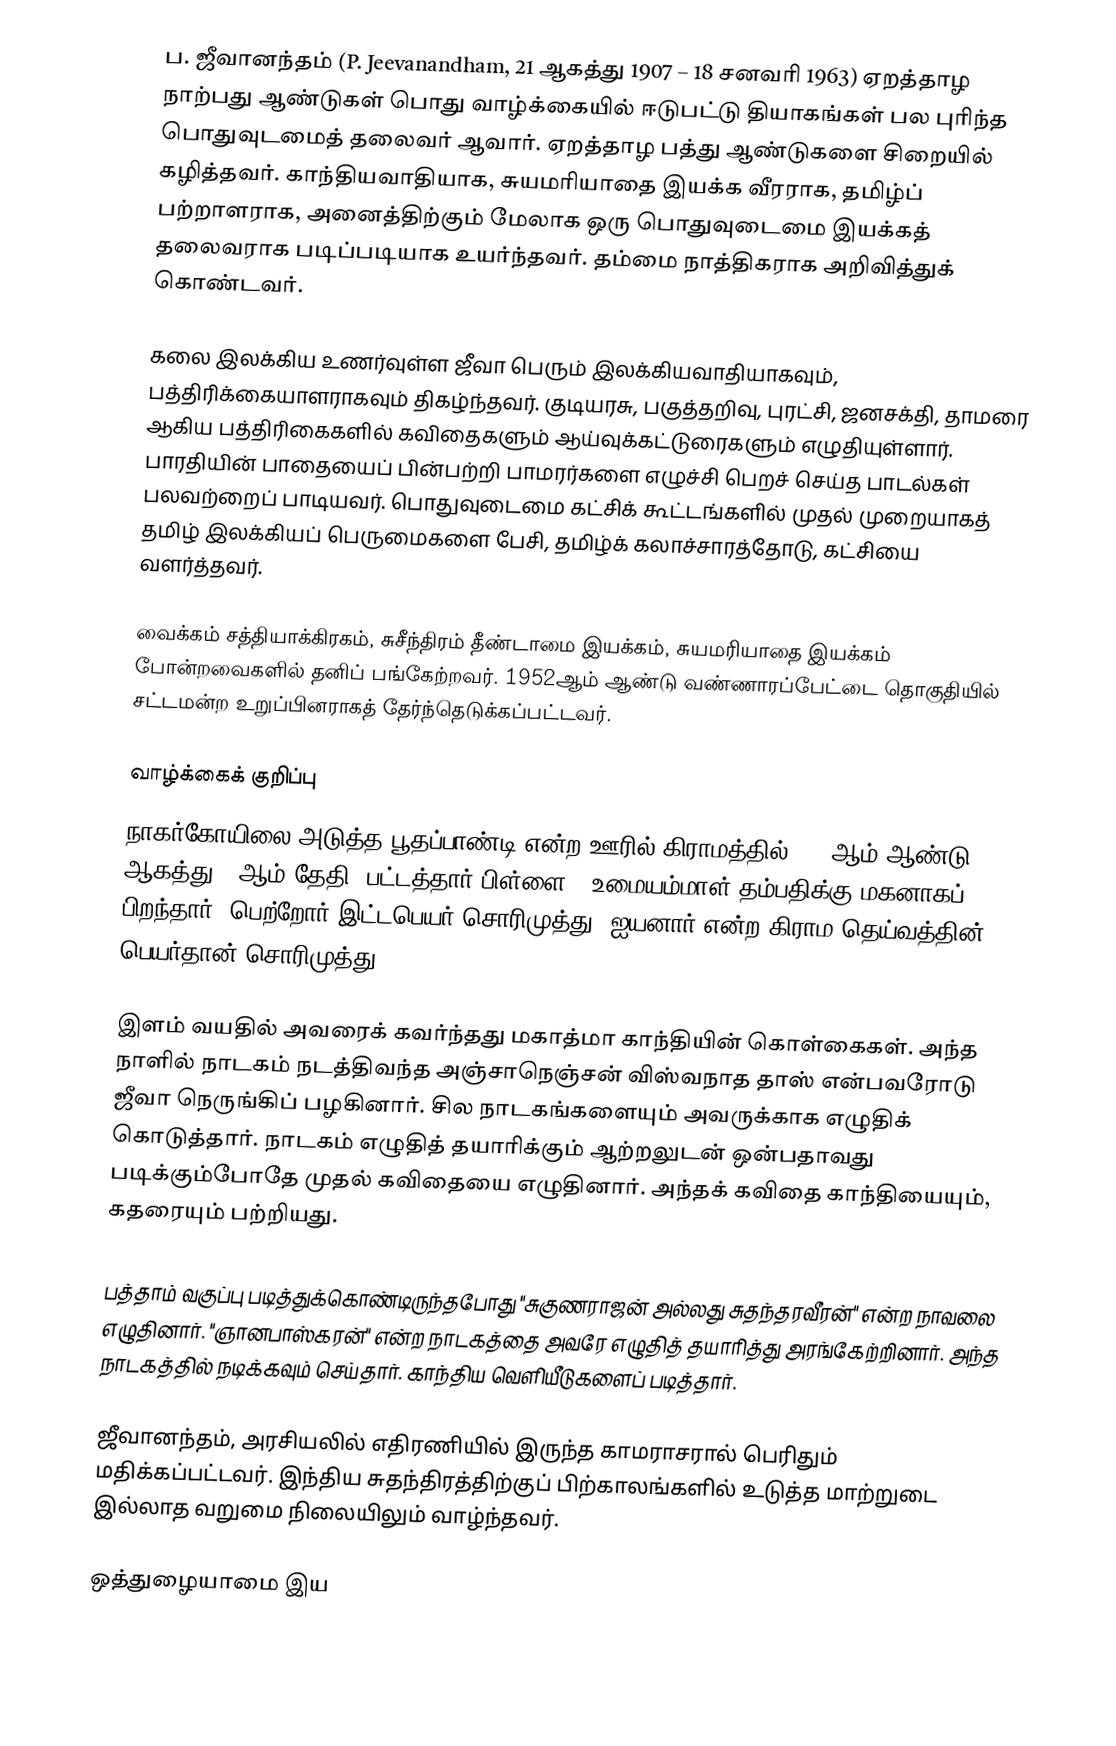
ப. ஜீவானந்தம் (P. Jeevanandham, 21 ஆகத்து  1907 –  18 சனவரி 1963) ஏறத்தாழ நாற்பது ஆண்டுகள் பொது வாழ்க்கையில் ஈடுபட்டு தியாகங்கள் பல புரிந்த பொதுவுடமைத் தலைவர் ஆவார். ஏறத்தாழ பத்து ஆண்டுகளை சிறையில் கழித்தவர். காந்தியவாதியாக, சுயமரியாதை இயக்க வீரராக, தமிழ்ப் பற்றாளராக, அனைத்திற்கும் மேலாக ஒரு பொதுவுடைமை இயக்கத் தலைவராக படிப்படியாக உயர்ந்தவர். தம்மை நாத்திகராக அறிவித்துக் கொண்டவர்.

கலை  இலக்கிய உணர்வுள்ள ஜீவா பெரும் இலக்கியவாதியாகவும், பத்திரிக்கையாளராகவும் திகழ்ந்தவர். குடியரசு, பகுத்தறிவு, புரட்சி, ஜனசக்தி, தாமரை ஆகிய பத்திரிகைகளில் கவிதைகளும் ஆய்வுக்கட்டுரைகளும் எழுதியுள்ளார். பாரதியின் பாதையைப் பின்பற்றி பாமரர்களை எழுச்சி பெறச் செய்த பாடல்கள் பலவற்றைப் பாடியவர். பொதுவுடைமை கட்சிக் கூட்டங்களில் முதல் முறையாகத் தமிழ் இலக்கியப் பெருமைகளை பேசி, தமிழ்க் கலாச்சாரத்தோடு, கட்சியை வளர்த்தவர்.

வைக்கம் சத்தியாக்கிரகம், சுசீந்திரம் தீண்டாமை இயக்கம், சுயமரியாதை இயக்கம் போன்றவைகளில் தனிப் பங்கேற்றவர். 1952ஆம் ஆண்டு வண்ணாரப்பேட்டை தொகுதியில் சட்டமன்ற உறுப்பினராகத் தேர்ந்தெடுக்கப்பட்டவர்.

வாழ்க்கைக் குறிப்பு
நாகர்கோயிலை அடுத்த பூதப்பாண்டி என்ற ஊரில் கிராமத்தில்  1907ஆம் ஆண்டு ஆகத்து 21ஆம் தேதி, பட்டத்தார் பிள்ளை  - உமையம்மாள் தம்பதிக்கு மகனாகப் பிறந்தார். பெற்றோர் இட்டபெயர் சொரிமுத்து. ஐயனார் என்ற கிராம தெய்வத்தின் பெயர்தான் சொரிமுத்து.

இளம் வயதில் அவரைக் கவர்ந்தது மகாத்மா காந்தியின் கொள்கைகள். அந்த நாளில் நாடகம் நடத்திவந்த அஞ்சாநெஞ்சன் விஸ்வநாத தாஸ் என்பவரோடு ஜீவா நெருங்கிப் பழகினார். சில நாடகங்களையும் அவருக்காக எழுதிக் கொடுத்தார். நாடகம் எழுதித் தயாரிக்கும் ஆற்றலுடன் ஒன்பதாவது படிக்கும்போதே முதல் கவிதையை எழுதினார். அந்தக் கவிதை காந்தியையும், கதரையும் பற்றியது.

பத்தாம் வகுப்பு படித்துக்கொண்டிருந்தபோது "சுகுணராஜன் அல்லது சுதந்தரவீரன்" என்ற நாவலை எழுதினார். "ஞானபாஸ்கரன்" என்ற நாடகத்தை அவரே எழுதித் தயாரித்து அரங்கேற்றினார். அந்த நாடகத்தில் நடிக்கவும் செய்தார். காந்திய வெளியீடுகளைப் படித்தார்.

ஜீவானந்தம், அரசியலில் எதிரணியில் இருந்த காமராசரால் பெரிதும் மதிக்கப்பட்டவர். இந்திய சுதந்திரத்திற்குப் பிற்காலங்களில் உடுத்த மாற்றுடை இல்லாத வறுமை நிலையிலும் வாழ்ந்தவர்.

ஒத்துழையாமை இய